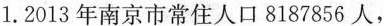
1.2013年南京市常住人口8187856人，